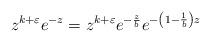
LaTeX: \begin{align*}z^{k+\varepsilon }e^{-z}=z^{k+\varepsilon }e^{-\frac{z}{b}}e^{-\left( 1-\frac{1}{b}\right) z} \end{align*}